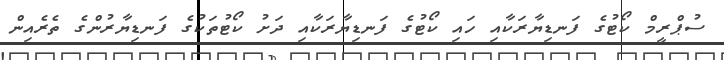
ސުޕްރީމް ކޯޓުގެ ފަނޑިޔާރަކާއި ހައި ކޯޓުގެ ފަނޑިޔާރަކާއި ދަށު ކޯޓުތަކުގެ ފަނޑިޔާރުންގެ ތެރެއިން